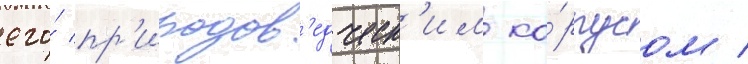
его́ пр'иродов'едческ'им ко́рпусом /